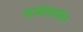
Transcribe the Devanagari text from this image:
सामंतवर्मन